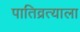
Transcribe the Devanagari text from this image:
पातिव्रत्याला